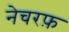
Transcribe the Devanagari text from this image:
नेचरफ़